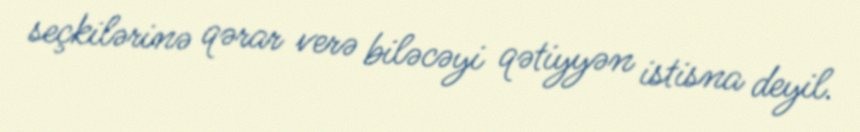
seçkilərinə qərar verə biləcəyi qətiyyən istisna deyil.